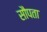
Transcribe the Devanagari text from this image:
सौपता